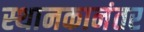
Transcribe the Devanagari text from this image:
स्थानकानंतर